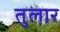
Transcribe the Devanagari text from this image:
तुलार